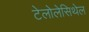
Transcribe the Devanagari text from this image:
टेलोलेसिथेल